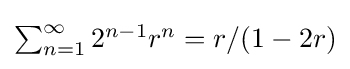
{\textstyle \sum _{n=1}^{\infty }2^{n-1}r^{n}=r/(1-2r)}